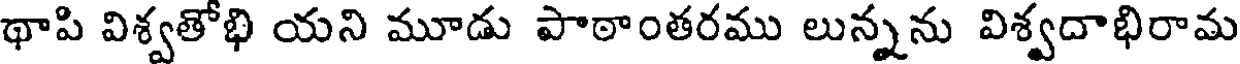
థాపి విశ్వతోభి యని మూడు పాఠాంతరము లున్నను విశ్వదాభిరామ